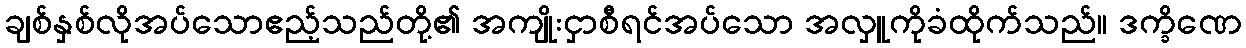
ချစ်နှစ်လိုအပ်သောဧည့်သည်တို့၏ အကျိုးငှာစီရင်အပ်သော အလှူကိုခံထိုက်သည်။ ဒက္ခိဏေ